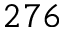
2 7 6